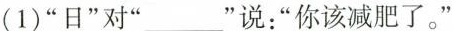
(1) ”日”对” ___ ”说：”你该减肥了。